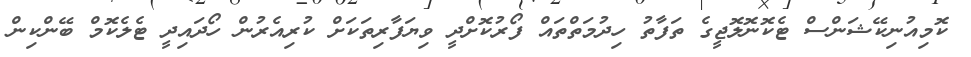
ކޮމިއުނިކޭޝަންސް ޓެކޮނޮލޮޖީގެ ތަފާތު ހިދުމަތްތައް ފޯރުކޮށްދީ ވިޔަފާރިތަކަށް ކުރިއެރުން ހޯދައިދީ ޓެލެކޮމް ބޭންކިން